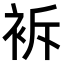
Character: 𧙝